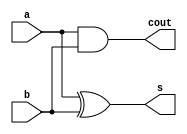

module HA(
    input a,b,
    output s, cout
    );
    assign s = a ^ b;
    assign cout = a & b;
endmodule